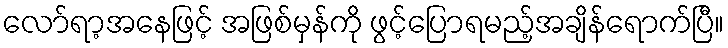
လော်ရာ့အနေဖြင့် အဖြစ်မှန်ကို ဖွင့်ပြောရမည့်အချိန်ရောက်ပြီ။